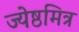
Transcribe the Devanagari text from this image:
ज्येष्ठमित्र